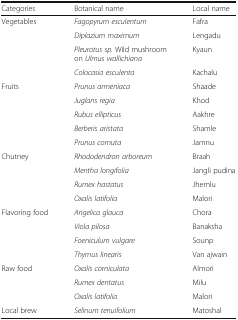
| Categories | Botanical name | Local name |
 | --- | --- | --- |
 | <ROWSPAN=4> Vegetables | Fagopyrum esculentum | Fafra |
 | Diplazium maximum | Lengadu |
 | Pleurotus sp. Wild mushroom on Ulmus wallichiana | Kyaun |
 | Colocasia esculenta | Kachalu |
 | <ROWSPAN=5> Fruits | Prunus armeniaca | Shaade |
 | Juglans regia | Khod |
 | Rubus ellipticus | Aakhre |
 | Berberis aristata | Shamle |
 | Prunus cornuta | Jamnu |
 | <ROWSPAN=4> Chutney | Rhododendron arboreum | Braah |
 | Mentha longifolia | Jangli pudina |
 | Rumex hastatus | Jhemlu |
 | Oxalis latifolia | Malori |
 | <ROWSPAN=4> Flavoring food | Angelica glauca | Chora |
 | Viola pilosa | Banaksha |
 | Foeniculum vulgare | Sounp |
 | Thymus linearis | Van ajwain |
 | <ROWSPAN=3> Raw food | Oxalis corniculata | Almori |
 | Rumex dentatus | Milu |
 | Oxalis latifolia | Malori |
 | Local brew | Selinum tenuifolium | Matoshal |